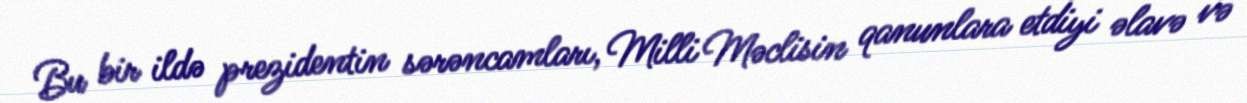
Bu bir ildə prezidentin sərəncamları, Milli Məclisin qanunlara etdiyi əlavə və